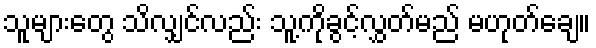
သူများတွေ သိလျှင်လည်း သူ့ကိုခွင့်လွှတ်မည် မဟုတ်ချေ။